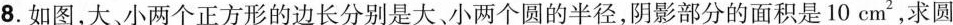
8.如图，大、小两个正方形的边长分别是大、小两个圆的半径，阴影部分的面积是 10 cm^{2}，求圆